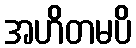
အဟိတမပိ